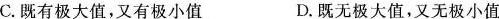
C.既有极大值，又有极小值 D.既无极大值，又无极小值